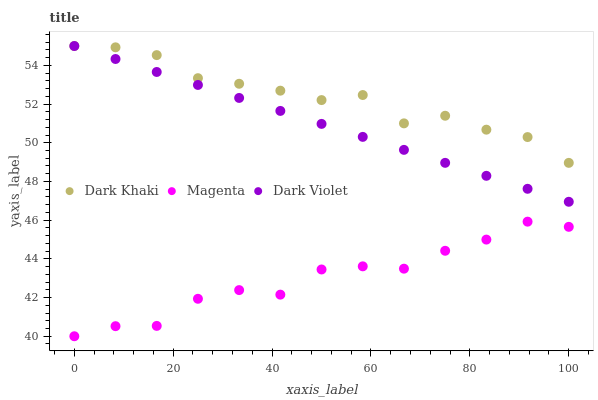
| xaxis_label | Dark Khaki | Magenta | Dark Violet |
 | --- | --- | --- | --- |
 | 0 | 55 | 40 | 55 |
 | 8.33 | 54.9 | 40.5 | 54.3 |
 | 16.7 | 54.5 | 40.5 | 53.7 |
 | 25 | 53.3 | 41.9 | 53 |
 | 33.3 | 53 | 42.4 | 52.3 |
 | 41.7 | 52.7 | 42.2 | 51.6 |
 | 50 | 52.2 | 43.5 | 51 |
 | 58.3 | 52.5 | 43.6 | 50.3 |
 | 66.7 | 51 | 43.5 | 49.6 |
 | 75 | 51.4 | 44.4 | 49 |
 | 83.3 | 50.7 | 45 | 48.3 |
 | 91.7 | 50.3 | 45.9 | 47.6 |
 | 100 | 49 | 45.7 | 46.9 |